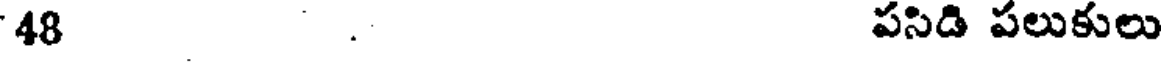
48 . పసిడి పలుకులు